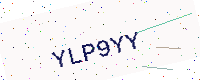
Text: YLP9YY